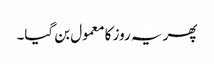
پھر یہ روز کا معمول بن گیا۔